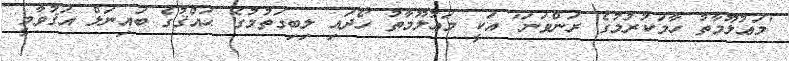
'މަޢުލޫމާތު ހާމަކުރުމުގެ ރަންވަނަ' އަކީ މަޢުލޫމާތު ހޯދައި ލިބިގަތުމުގެ ޙައްޤުގެ ބައިނަލް އަޤުވާމީ